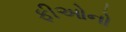
ફીઓનો